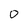
Character: O